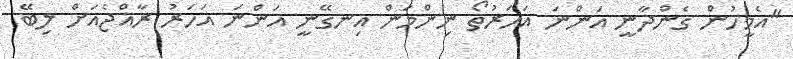
"އެމީހުން ގެންދާނީ އަންނަ އަހަރުތޯ ނިންމަން އިނގޭނީ އަންނަ އަހަރު ރާއްޖެއަށް ލިބޭ